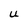
Character: U